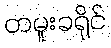
တမူးခရိုင်